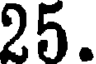
25.